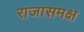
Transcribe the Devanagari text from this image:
राजासमक्ष